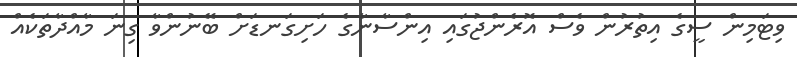
ވިޓަމިން ސީގެ އިތުރުން ވެސް އޮރެންޖުގައި އިންސާނާގެ ހަށިގަނޑަށް ބޭނުންވާ ގިނަ މާއްދާތަކެއް